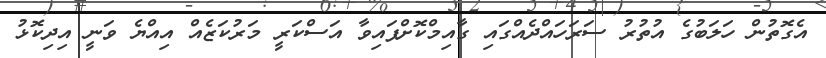
އެގޮތުން ހަލަބުގެ އުތުރު ސަރަހައްދެއްގައި ގާއިމްކޮށްފައިވާ އަސްކަރީ މަރުކަޒެއް އިއްޔެ ވަނީ އިދިކޮޅު